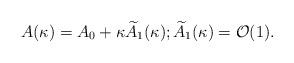
LaTeX: \begin{align*}A(\kappa)=A_0+\kappa \widetilde A_1(\kappa); \widetilde A_1(\kappa)={\mathcal O}(1).\end{align*}